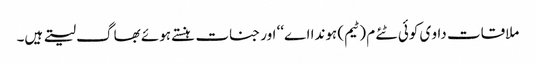
ملاقات داو ی کوئی ٹئے م (ٹیم) ہوندا اے‘‘ اور جنات ہنستے ہوئے بھاگ لیتے ہیں۔